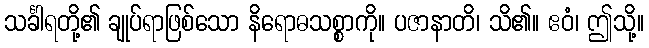
သင်္ခါရတို့၏ ချုပ်ရာဖြစ်သော နိရောဓသစ္စာကို။ ပဇာနာတိ၊ သိ၏။ ဧဝံ၊ ဤသို့။